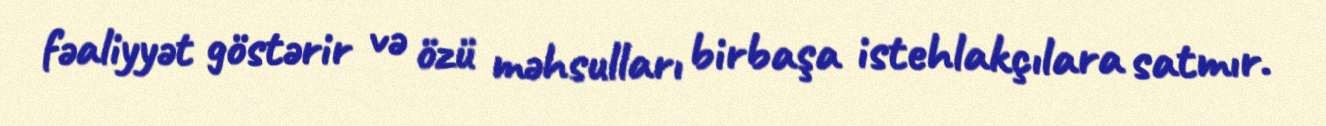
fəaliyyət göstərir və özü məhsulları birbaşa istehlakçılara satmır.